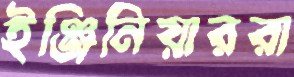
ইঞ্জিনিয়াররা